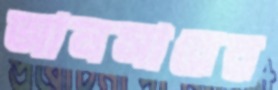
আনসারের